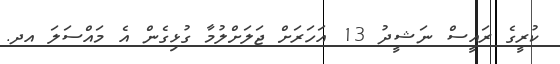
ކުރީގެ ރައީސް ނަޝީދު 13 އަހަރަށް ޖަލަށްލުމާ ގުޅިގެން އެ މައްސަލަ އދ.